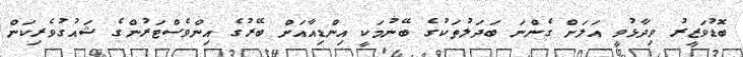
ބޮޑުވަޒީރު ވިދާޅުވީ އަލަށް ގެންނަ ބަދަލުތަކުގެ ބޭނުމަކީ އިންޑިއާއަށް ބޭރުގެ އިންވެސްޓަރުންގެ ޝައުގުވެރިކަން